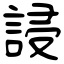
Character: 誛